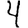
Digit: 4